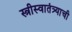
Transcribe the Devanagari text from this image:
स्त्रीस्वातंत्र्याची